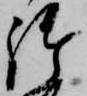
御